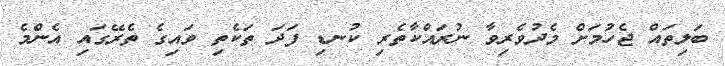
ބަލިތައް ޖެހުމަށް މެދުވެރިވާ ނުރައްކާތެރި ކުނޑި ފަދަ ތަކެތި ވައިގެ ތެރޭގައި އެންމެ